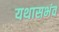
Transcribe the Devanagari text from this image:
यथासभंव